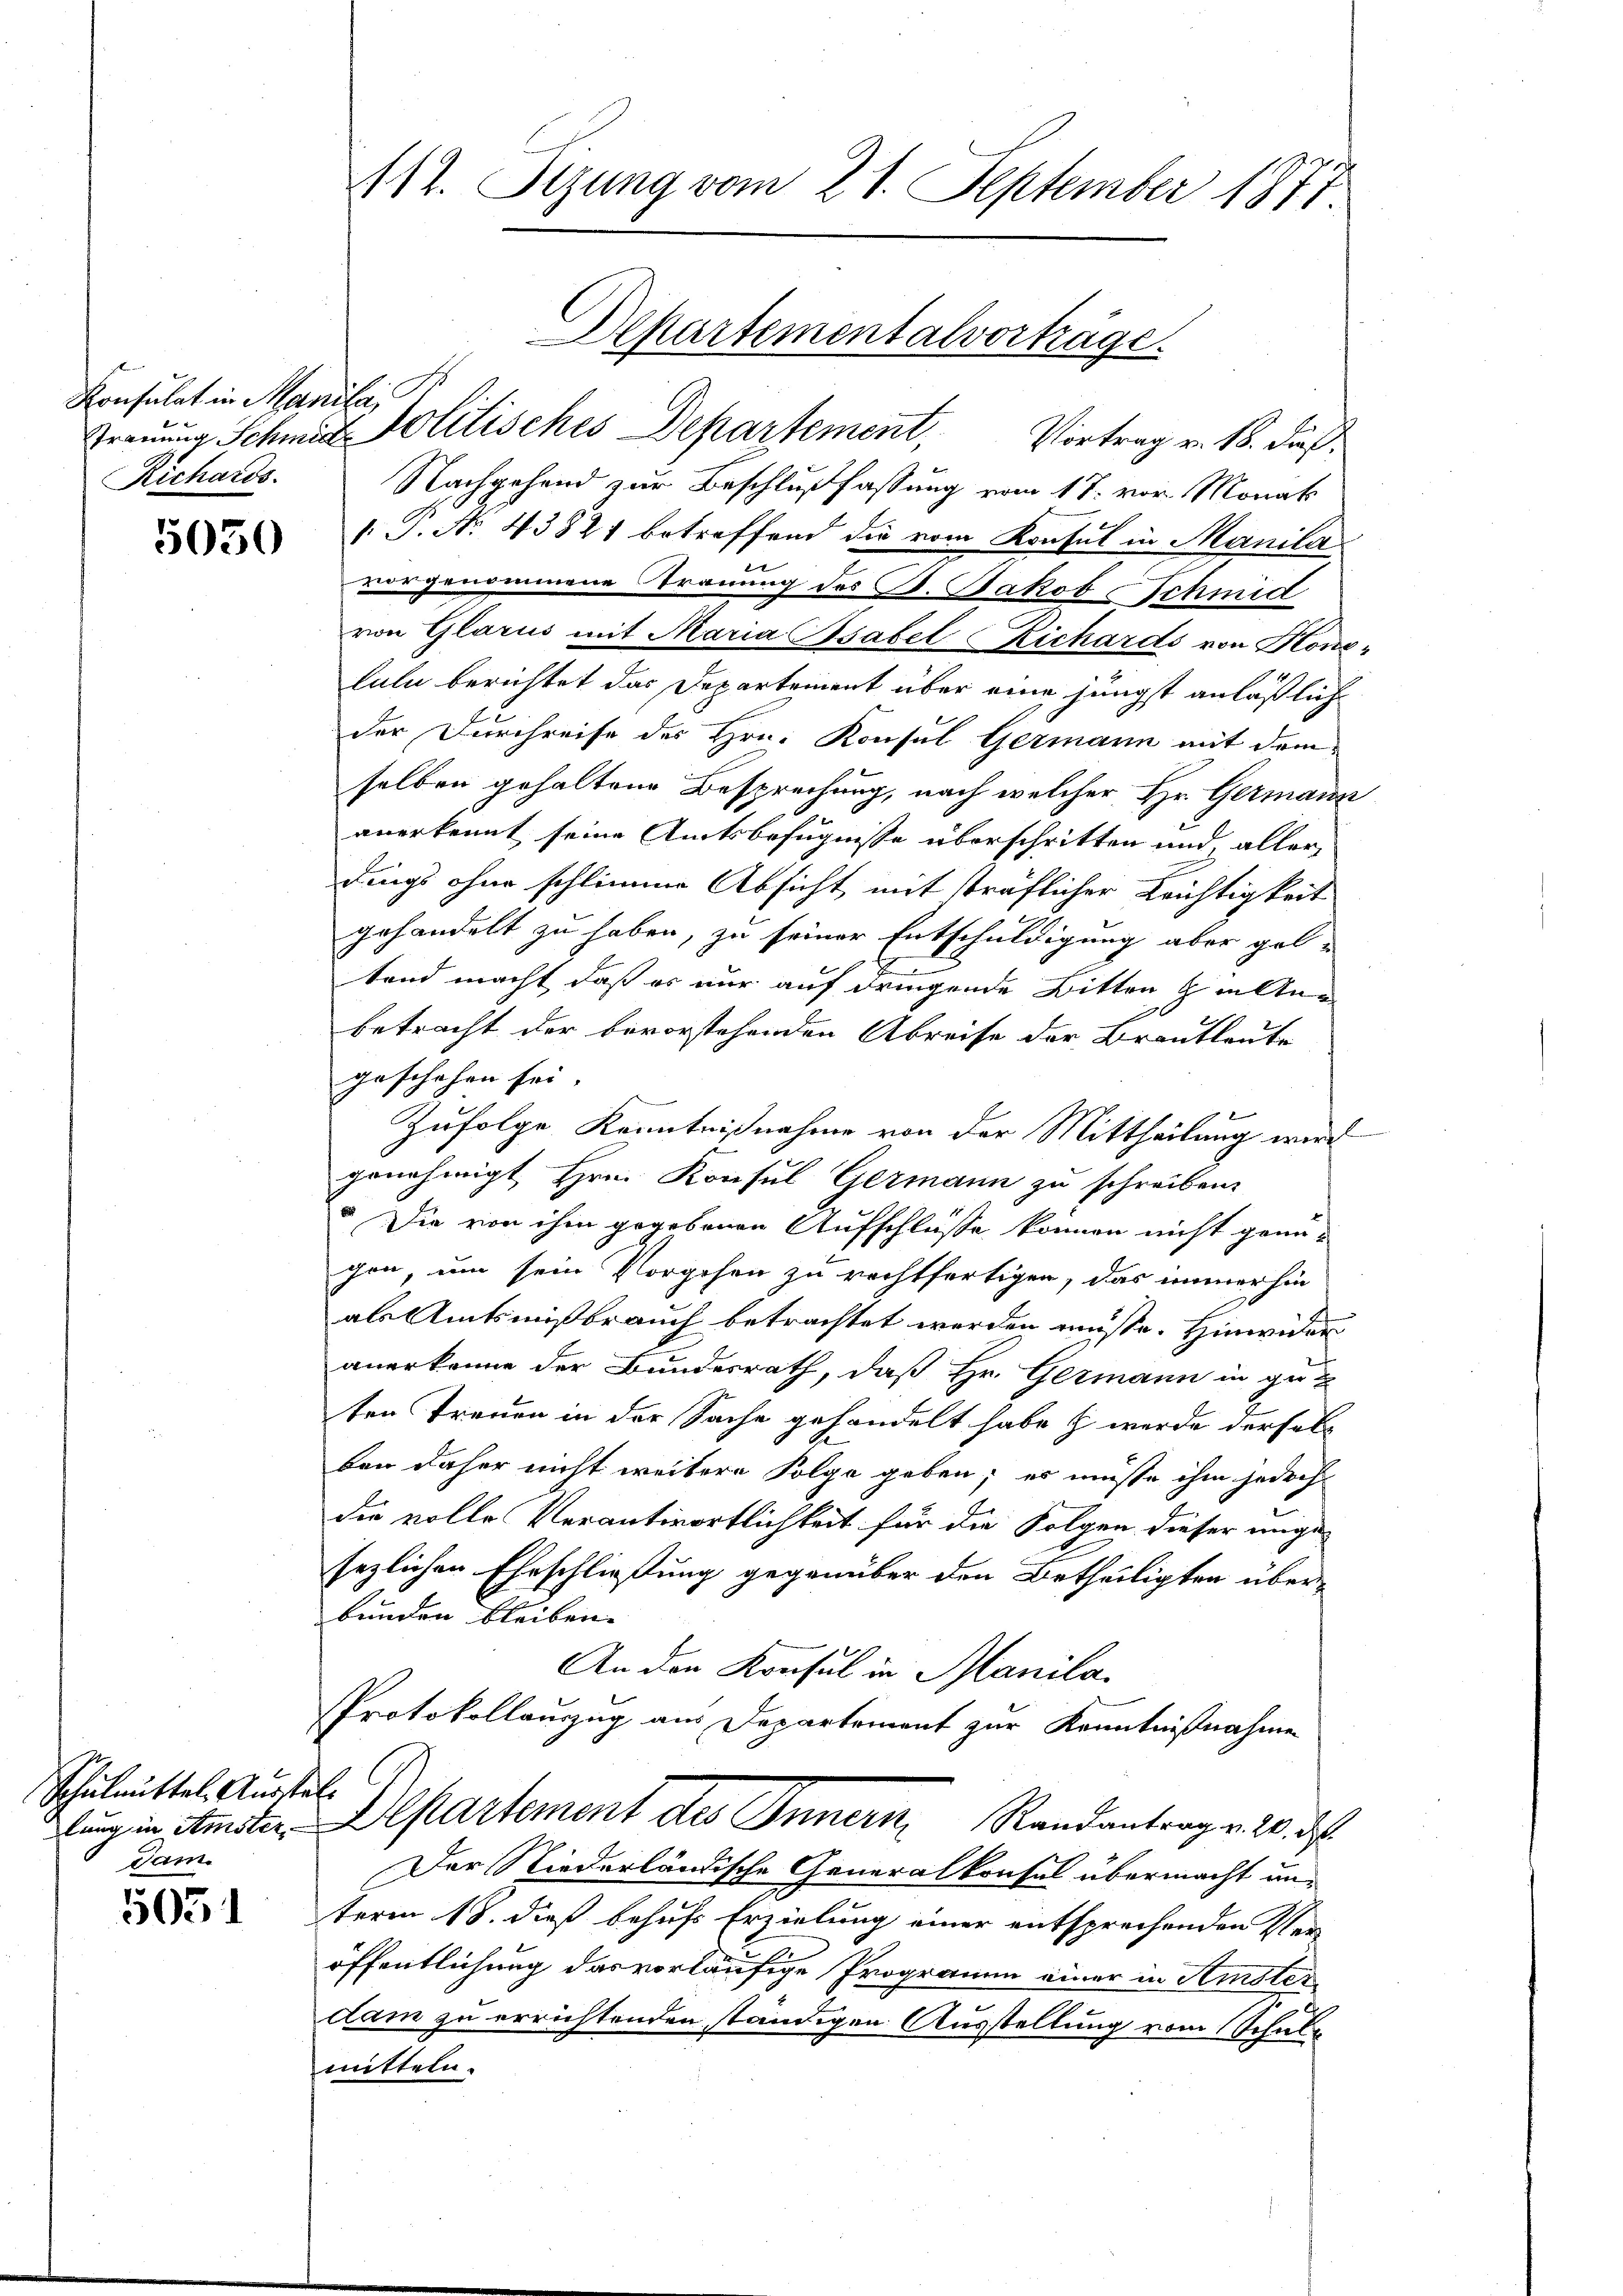
Konsulat in Manife
Richards.

5050

Schulmittel Ausstatdam.

5051

112. Sizung vom 21. September 1877.

Alkartementalvorträge.

Trauung Schmid Politisches Departement, Vortrag v. 18. dieß,
Nachgehend zur Beschlußfassung vom 17. vor. Monat
1. P. Nr. 43824 betreffend die vom Konsul in Manila
vorgenommene Trauung des P. Jakob Schmid
von Glarus mit Maria Psabel Richards von Honelulu berichtet das Departement über eine jüngst anläßlich
der Durchreise des Hrn. Konsul Germann mit dem
selben gehaltene Besprechung, nach welcher Hr. Germann
anerkennt seine Amtsbefugnisse überschritten und, aller
dings ohne schlimme Absicht mit sträflicher Krichtigkeit
gehandelt zu haben, zu seiner Entschuldigung aber gel-
tend macht, daß es nur auf dringende Bitten & in Anbetracht der bevorstehenden Abreise der Brautleute
geschehen sei.
Zufolge Kenntnißnahme von der Mittheilung wird
genehmigt Hrn. Konsul Germann zu schreiben.
“ Die von ihm gegebenen Aufschlüsse können nicht genücon, um sein Vorgehen zu rechtfertigen, das immerhin
als Amtsmißbrauch betrachtet werden müsse. Hinwider
anerkenne der Bundesrath, daß Hr. Germann in guten Treuen in der Sache gehandelt habe & werde derselb
ben daher nicht weitere Folge geben; es müsse ihm jedoch
die volle Verantwortlichkeit für die Folgen dieser ungesezlichen Eheschließung gegenüber den Urtheiligten überbunden bleiben.
An den Konsul in Manila¬
Protokollauszug aus Departement zur Kenntnißnahmen
lung in Amster Departement des Innern, Randantrag v. 20. des
Der Niederländische Generalkonsel übermacht unterm 18. dieß behufs Erzielung einer entsprechenden Ver-
öffentlichung das vorläufige Programm einer in Amster
dam zu errichtenden ständigen Ausstellung vom Schule
mitteln.